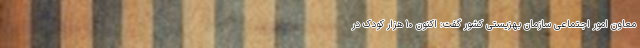
معاون امور اجتماعی سازمان بهزیستی کشور گفت: اکنون ۱۰ هزار کودک در